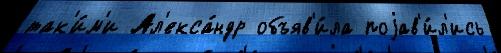
так'и́м'и Ал'екса́ндр объяв'и́ла поjав'и́л'ись